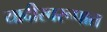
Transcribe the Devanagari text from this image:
यादीस्वरूपात